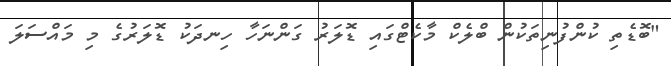
"ބޮޑެތި ކުންފުނިތަކުން ބްލެކް މާކެޓްގައި ޑޮލަރު ގަންނަހާ ހިނދަކު ޑޮލަރުގެ މި މައްސަލަ